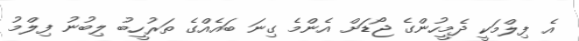
އެ ފިލްމަކީ ދެމީހުންގެ ޖޯޑަށް އެންމެ ގިނަ ބައެއްގެ ތަރުހީބު ލިބުނު ފިލްމު